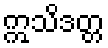
ဣသိဒတ္တ